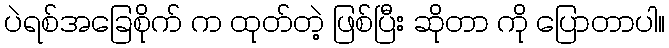
ပဲရစ်အခြေစိုက် က ထုတ်တဲ့ ဖြစ်ပြီး ဆိုတာ ကို ပြောတာပါ။